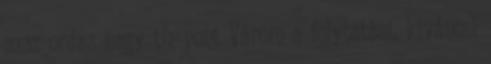
azaz ordas nagy tíz pont Várom a folytatást, kíváncsi